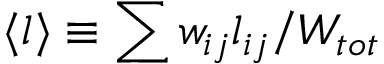
\langle l \rangle \equiv \sum w _ { i j } l _ { i j } / W _ { t o t }